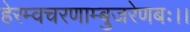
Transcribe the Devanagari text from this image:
हेरम्वचरणाम्बुजरेणबः।।